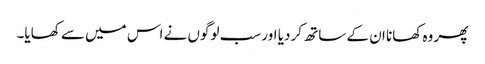
پھر وہ کھانا ان کے ساتھ کر دیا اور سب لوگوں نے اس میں سے کھایا۔